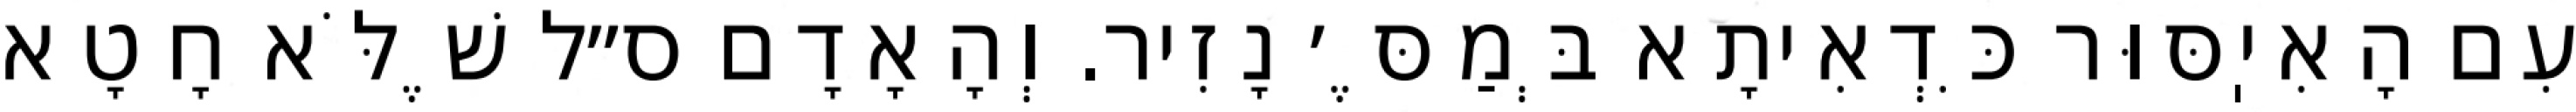
עִם הָאִיֽסּוּר כִּדְאִיתָא בְּמַסֶּ׳ נָזִיר. וְהָאָדָם ס״ל שֶׁלֹּא חָטָא